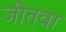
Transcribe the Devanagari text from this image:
जीतवा